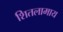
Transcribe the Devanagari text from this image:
शितलामाय